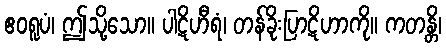
ဧဝရူပံ၊ ဤသို့သော။ ပါဋိဟီရံ၊ တန်ခိုးပြာဋိဟာကို။ ကတန္တိ၊